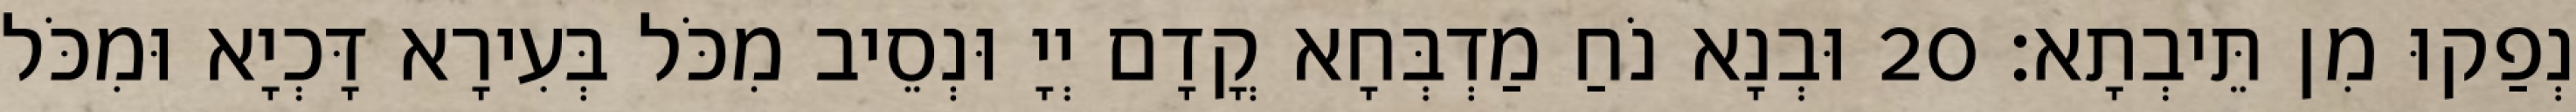
נְפַקוּ מִן תֵּיבְתָא׃ 20 וּבְנָא נֹחַ מַדְבְּחָא קֳדָם יְיָ וּנְסֵיב מִכֹּל בְּעִירָא דָּכְיָא וּמִכֹּל